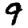
Digit: 9